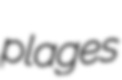
plages